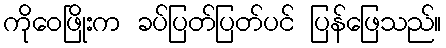
ကိုဝေဖြိုးက ခပ်ပြတ်ပြတ်ပင် ပြန်ဖြေသည်။